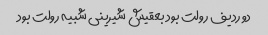
دو ردیف رولت بود بعقیش شیرینی شبیه رولت بود